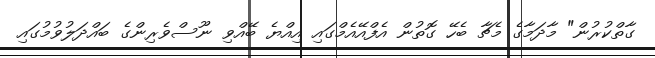
ގާތްކުރުން" މާދަމާގެ މެޗާ ބެހޭ ގޮތުން އެފްއޭއެމްގައި އިއްޔެ ބޭއްވި ނޫސްވެރިންގެ ބައްދަލުވުމުގައި